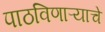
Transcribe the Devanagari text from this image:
पाठविणाऱ्याचे